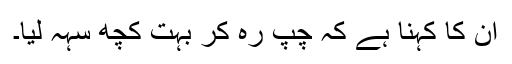
ان کا کہنا ہے کہ چپ رہ کر بہت کچھ سہہ لیا۔